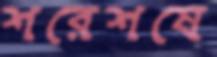
শরেশষে